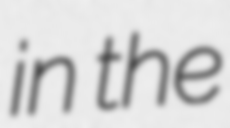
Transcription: in the